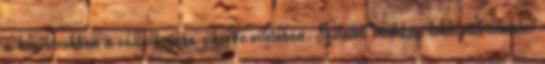
a késôbbiekben a vállalkozása sikerre vitelében. Született mohácsi lokálpatriótaként